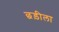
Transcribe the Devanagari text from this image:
छड़ीला